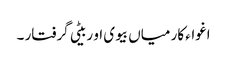
اغواء کار میاں بیوی او ربیٹی گرفتار ۔